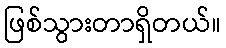
ဖြစ်သွားတာရှိတယ်။